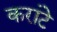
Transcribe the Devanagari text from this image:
करांटे